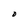
Character: D